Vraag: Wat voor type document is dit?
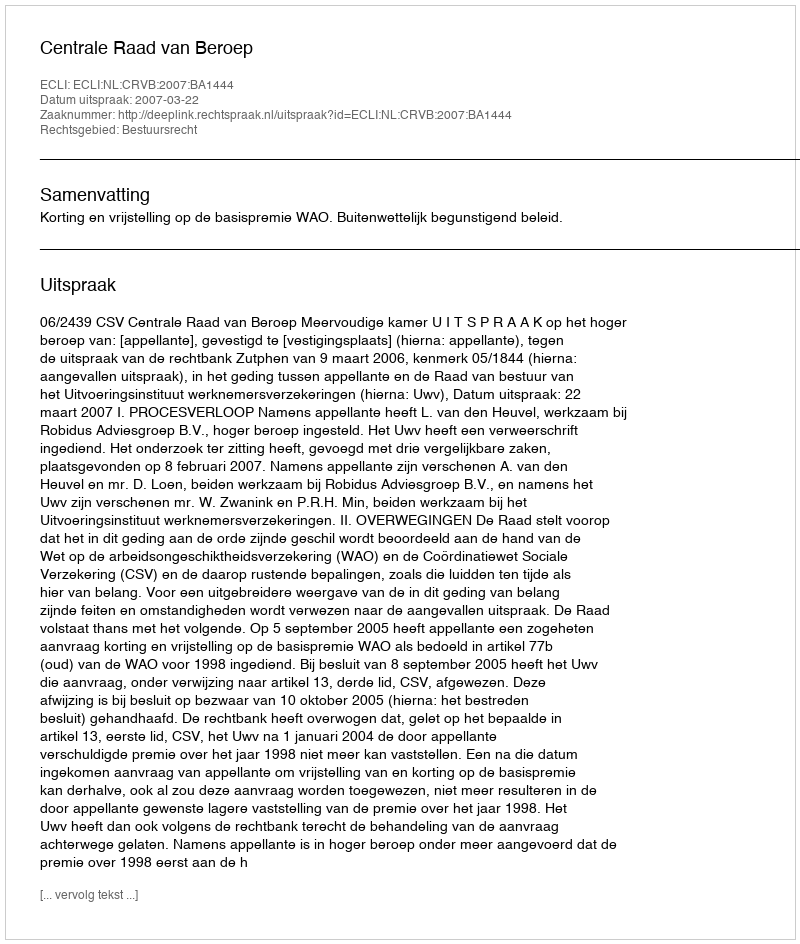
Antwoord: Uitspraak